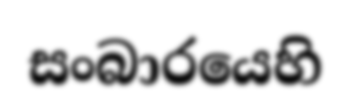
සංබාරයෙහි